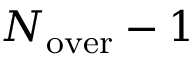
N _ { \mathrm { o v e r } } - 1